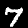
Label: 7